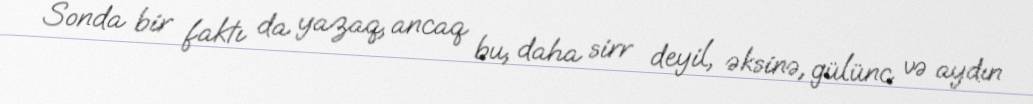
Sonda bir faktı da yazaq, ancaq bu, daha sirr deyil, əksinə, gülünc və aydın